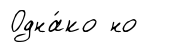
Одна́ко но